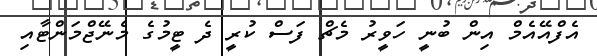
އެފްއޭއެމް އިން ބުނީ ހަވީރު މެޗް ފަސް ކުރީ ދެ ޓީމުގެ މެނޭޖްމަންޓާއި